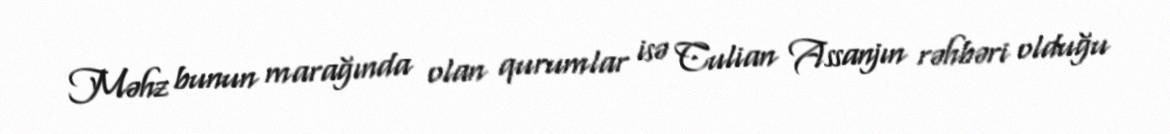
Məhz bunun marağında olan qurumlar isə Culian Assanjın rəhbəri olduğu